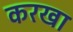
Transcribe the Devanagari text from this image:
करखा